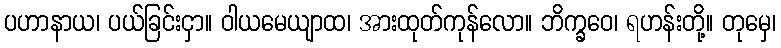
ပဟာနာယ၊ ပယ်ခြင်းငှာ။ ဝါယမေယျာထ၊ အားထုတ်ကုန်လော။ ဘိက္ခဝေ၊ ရဟန်းတို့။ တုမှေ၊